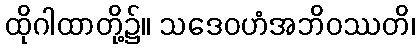
ထိုဂါထာတို့၌။ သဒေဝဟံအဘိဝဿတိ၊